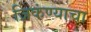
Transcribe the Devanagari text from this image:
जिकंण्याचा